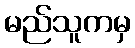
မည်သူကမှ